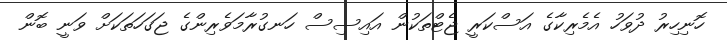
ހޮނިހިރު ދުވަހު އެމެރިކާގެ އަސްކަރީ ޖެޓްތަކުން އައިސިސް ހަނގުރާމަވެރިންގެ ޖަގަހަތަކަށް ވަނީ ބޮން